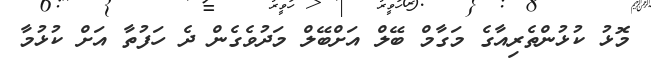
މޮޅު ކުޅުންތެރިއާގެ މަގާމް ބޭލް އަށްބޭލް މަދުވެގެން ދެ ހަފުތާ އަށް ކުޅުމާ